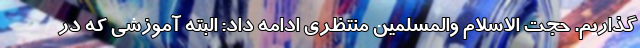
گذاریم. حجت الاسلام والمسلمین منتظری ادامه داد: البته آموزشی که در